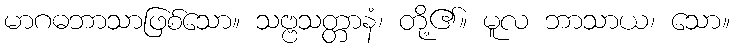
မာဂဓဘာသာဖြစ်သော။ သဗ္ဗသတ္တာနံ၊ တို့၏။ မူလ ဘာသာယ၊ သော။